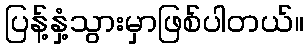
ပြန့်နှံ့သွားမှာဖြစ်ပါတယ်။